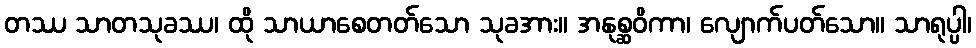
တဿ သာတသုခဿ၊ ထို သာယာစေတတ်သော သုခအား။ အနုစ္ဆဝိကာ၊ လျောက်ပတ်သော။ သာရုပ္ပါ၊